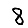
Digit: 8